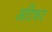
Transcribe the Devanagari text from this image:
अटिकट